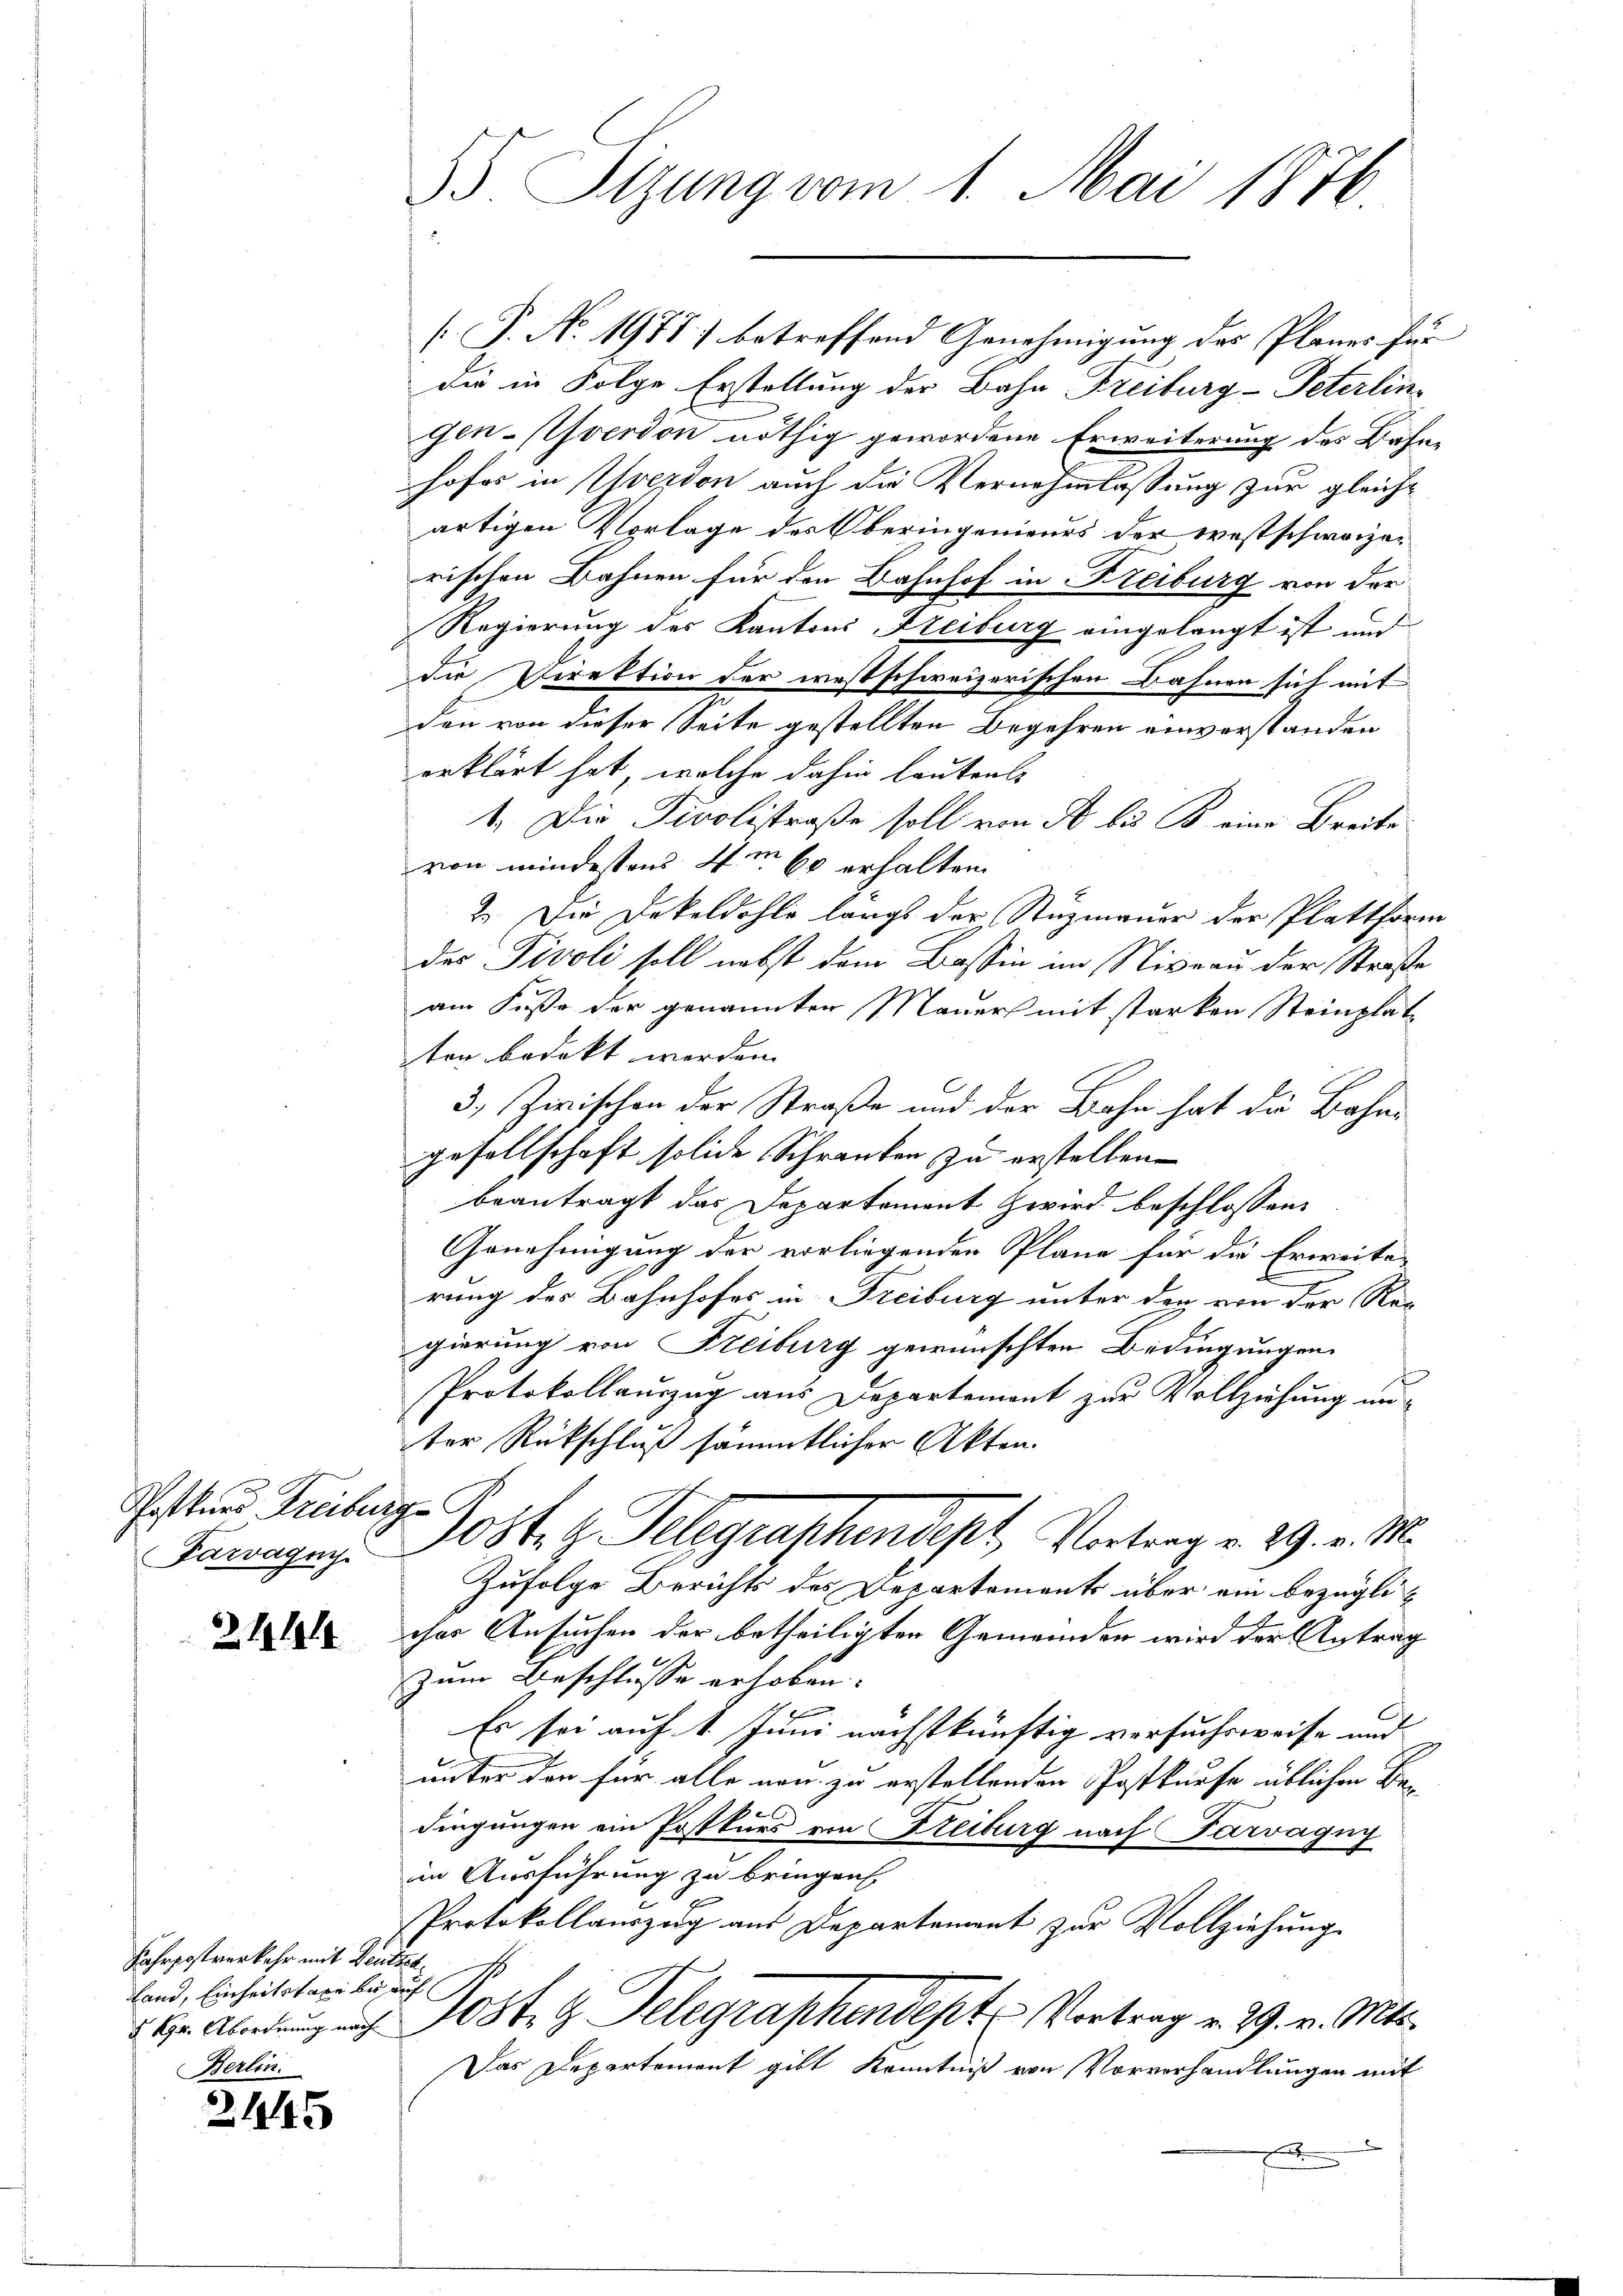
Schaft und Freibur
Parvagny.

31191

Fahrpostverkehr mit Deutsch
fand, Einheitstaxe be
§ 194. Abordnung nach
Berlin.

21445

55. Sizung vom 1. Mai 1876

.P. No. 1971) betreffend Genehmigung der Planes für
der in Folge Erstellung der Bahn Freiburg-Peterlin
genverdon nöthig gewordene Erweiterung des Bahnhofes in Yverdon auch die Vernehmlassung zur gleichartigen Vorlage des Oberingenieurs der westschweizerischen Bahnen für den Bahnhof in Freiburg von der
Regierung des Kantons Freiburg eingelangt ist und
die Direktion der westschweizerischen Bahnen sich mit
den von dieser Seite gestellten Begehren einverstanden
erklärt hat, welche dahin lautrals
1. Die Divolistraße soll von de bis B. eine Breite
von mindestens 4m 60 erhalten
2. Der Dekoldohle langs der Stuzmauer der Plattform
des Pivoli soll nebst dem Bassin im Niveau der Straße
am Fuße der genannten Mauer mit starken Steinplat
ten bedekt werden
3) Zwischen der Straße und der Bahn hat die Bahngesellschaft solide Schranken zu erstellen.
beantragt das Departement Zwird beschlossen:
Genehmigung der vorliegenden Pläne für die Erweite-
rung des Bahnhofes in Freiburg unter den von der Regierung von Freiburg gewünschten Bedingungen
Protokollauszug aus Departement zur Vollziehung unter Rückschluß sämmtlicher Akten.
s
Post. H. Telegraphendest, Vortrag v. 29. v. M.
Zufolge Berichts des Departements über ein bezüglicher Ansuchen der betheiligten Gemeinden wird der Antrag
zum Beschlusse erhoben.
Es sei auf 1. Juni nächstkünftig versuchsweise und
unter den für alle von zu erstellenden Postkurfe üblichen Bedingungen ein Postkurs von Freiburg nach Farvagny
im Ausführung zu bringen
Protokollauszug aus Departement zur Vollziehung
a
Posten Telegraphendept Vortrag v. 29. v. Mts.
Das Departement gibt Kenntniß von Vorverhandlungen mit
x
.